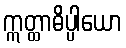
ဣတ္ထာဓိပ္ပါယော